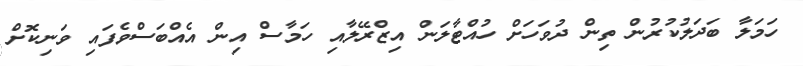
ހަމަލާ ބަދަލުކުރުން ތިން ދުވަހަށް ހުއްޓާލަން އިޒްރޭލާއި ހަމާސް އިން އެއްބަސްވެފައި ވަނިކޮށް